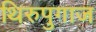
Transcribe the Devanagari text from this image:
थिरुपुगाज